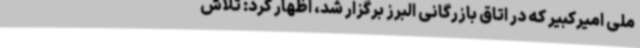
ملی امیرکبیر که در اتاق بازرگانی البرز برگزار شد، اظهار کرد: تلاش